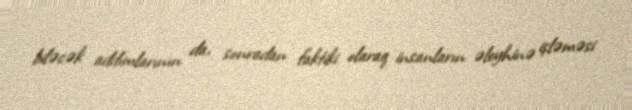
biləcək addımlarının da, sonradan faktiki olaraq insanların əleyhinə işləməsi